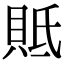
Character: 貾